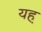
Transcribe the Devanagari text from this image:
यह़